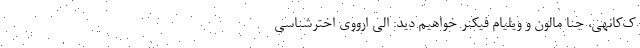
ک‌کانهی، جنا مالون و ویلیام فیکنر خواهیم دید: الی ارووی اخترشناسی